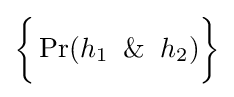
{\bigg \{}\Pr(h_{1}\And h_{2}){\bigg \}}